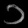
Digit: ၁